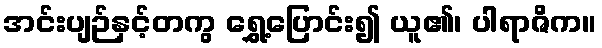
အင်းပျဉ်နှင့်တကွ ရွှေ့ပြောင်း၍ ယူ၏၊ ပါရာဇိက။